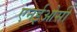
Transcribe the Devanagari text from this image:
एनईओसी